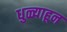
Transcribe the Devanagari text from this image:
धुळ्याहून